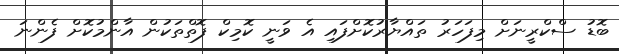
ބޮޑު ސްކްރީނަށް މިފަހަރު ތައްޔާރުކޮށްފައި އެ ވަނީ ކޮމިކް ފޮތްތަކުން އާންމުކޮށް ފެންނަ